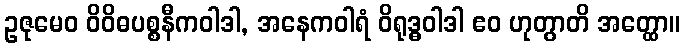
ဥဇုမေဝ ဝိဝိဓပစ္စနီကဝါဒါ, အနေကဝါရံ ဝိရုဒ္ဓဝါဒါ ဧဝ ဟုတွာတိ အတ္ထော။